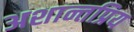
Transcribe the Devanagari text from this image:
अशान्तप्रिय